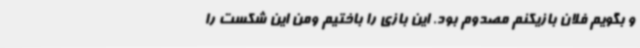
و بگویم فلان بازیکنم مصدوم بود. این بازی را باختیم ومن این شکست را